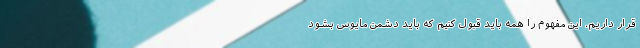
قرار داریم. این مفهوم را همه باید قبول کنیم که باید دشمن مایوس بشود